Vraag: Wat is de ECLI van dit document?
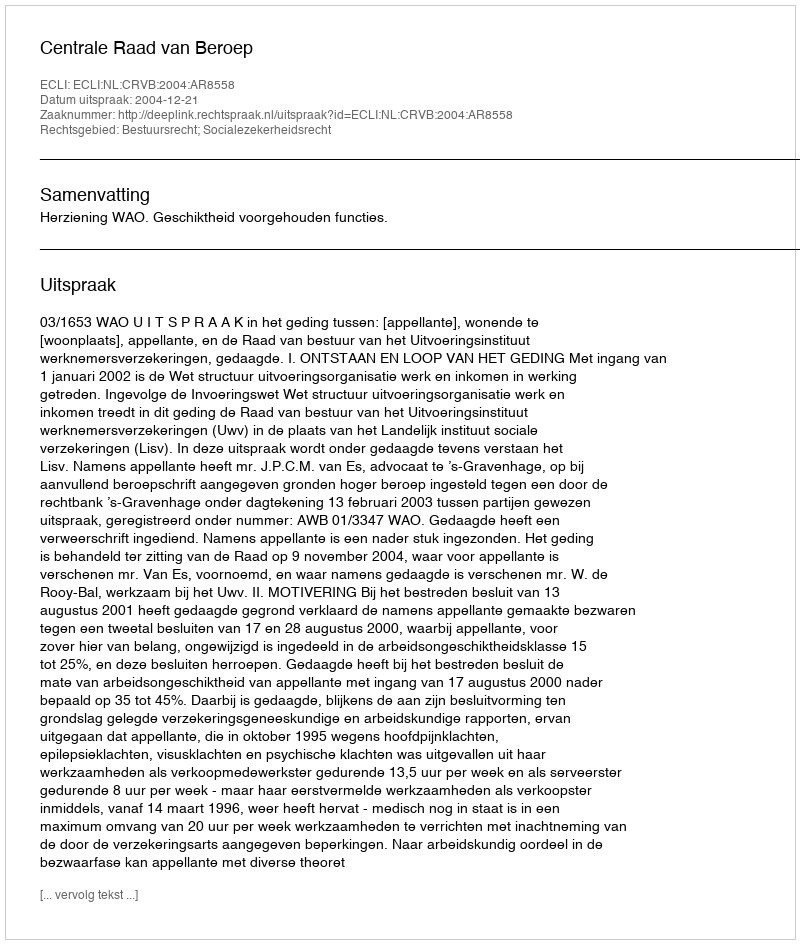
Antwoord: ECLI:NL:CRVB:2004:AR8558